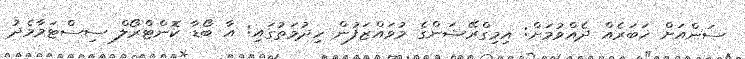
ސަންއަށް ޚަބަރެއް ދެއްވުމަށް: އިމިގްރޭޝަންގެ މުވައްޒަފުން ހިދުމަތުގައި: އާ ބޯޑާ ކޮންޓްރޯލް ސިސްޓަމާމެދު